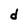
Character: d